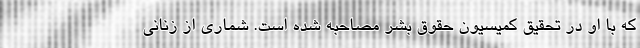
که با او در تحقیق کمیسیون حقوق بشر مصاحبه شده است. شماری از زنانی